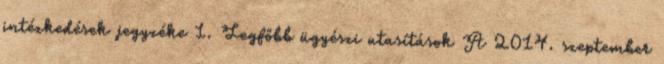
intézkedések jegyzéke 1. Legfőbb ügyészi utasítások A 2014. szeptember